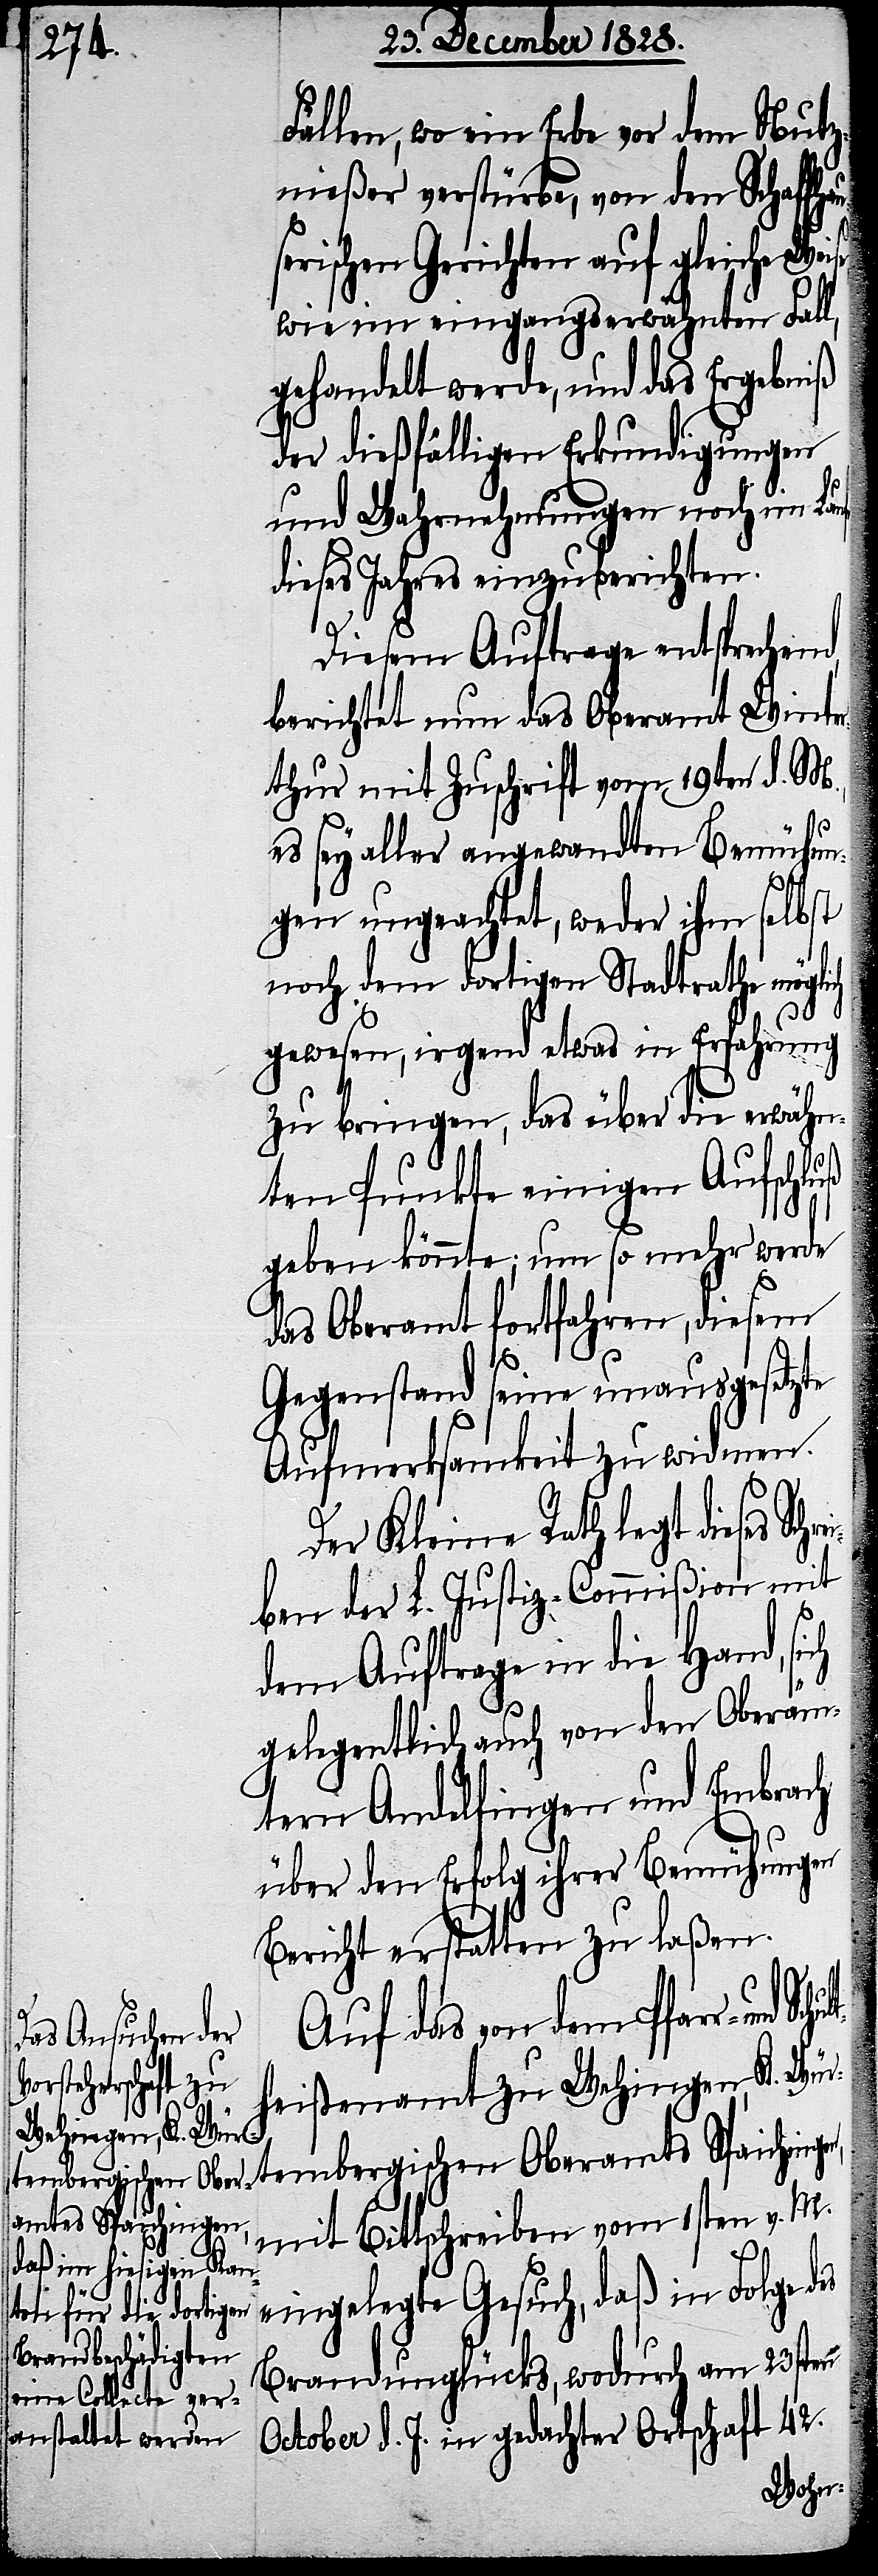
Fällen, wo ein Erbe vor dem Nutz¬
nießer verstürbe, von den Schaffha¬
erischen Gerichten auf gleiche
wie im eingangserwähnten Fall,
gehandelt werde, und das Ergebniß
der dießfälligen Erkundigungen
und Wahrnehmungen noch im Laufe
dieses Jahres einzuberichten.
Diesem Auftrage entsprechend,
berichtet nun das Oberamt Winte¬
rthur mit Zuschrift vom 19ten d. M.,
es sey aller angewandten Bemühun¬
gen ungeachtet, weder ihm selbst
noch dem dortigen Stadtrathe mögli¬
gewesen, irgend etwas in Erfahrung
zu bringen, das über die erwähn¬
ten Punkte einigen Aufschluß
geben könnte; um so mehr werde
das Oberamt fortfahren, diesem
Schult¬
Gegenstand seine unausgesetzte
Aufmerksamkeit zu widmen.
Der Kleine Rath legt dieses Sch¬
ben der L. Justiz-Commißion mit
dem Auftrage in die Hand, si¬
gelegentlich auch von den Oberäm¬
tern Andelfingen und Embrach
über den Erfolg ihrer Bemühungen
Bericht erstatten zu laßen.
Auf das von dem Pfarr- und
heißenamt zu Wehingen, K. Wür¬
tembergischen Oberamts Spaichinge¬
mit Bittschreiben vom 1sten v. M.
n,
eingelegte Gesuch, daß in Folge des
October d. J. in gedachter Ortschaft 42.